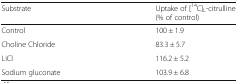
<table><thead><tr><td><b>Substrate</b></td><td><b>Uptake of [<sup>14</sup>C]<sub>L</sub>-citrulline(% of control)</b></td></tr></thead><tbody><tr><td>Control</td><td>100 ± 1.9</td></tr><tr><td>Choline Chloride</td><td>83.3 ± 5.7</td></tr><tr><td>LiCl</td><td>116.2 ± 5.2</td></tr><tr><td>Sodium gluconate</td><td>103.9 ± 6.8</td></tr></tbody></table>